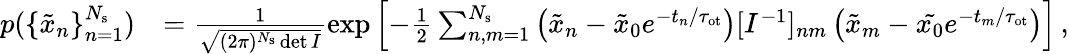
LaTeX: \begin{array}{rl}{p(\{ \tilde{x}_{n}\} _{n=1}^{N_{\mathrm{s}}})}&{=\frac{1}{\sqrt{(2\pi)^{N_{\mathrm{s}}}\operatorname*{det}I}}\exp\left[-\frac{1}{2}\sum_{n,m=1}^{N_{\mathrm{s}}}\left(\tilde{x}_{n}-\tilde{x}_{0}e^{-t_{n}/\tau_{\mathrm{ot}}}\right)[I^{-1}]_{nm}\left(\tilde{x}_{m}-\tilde{x_{0}}e^{-t_{m}/\tau_{\mathrm{ot}}}\right)\right]\, ,}\end{array}